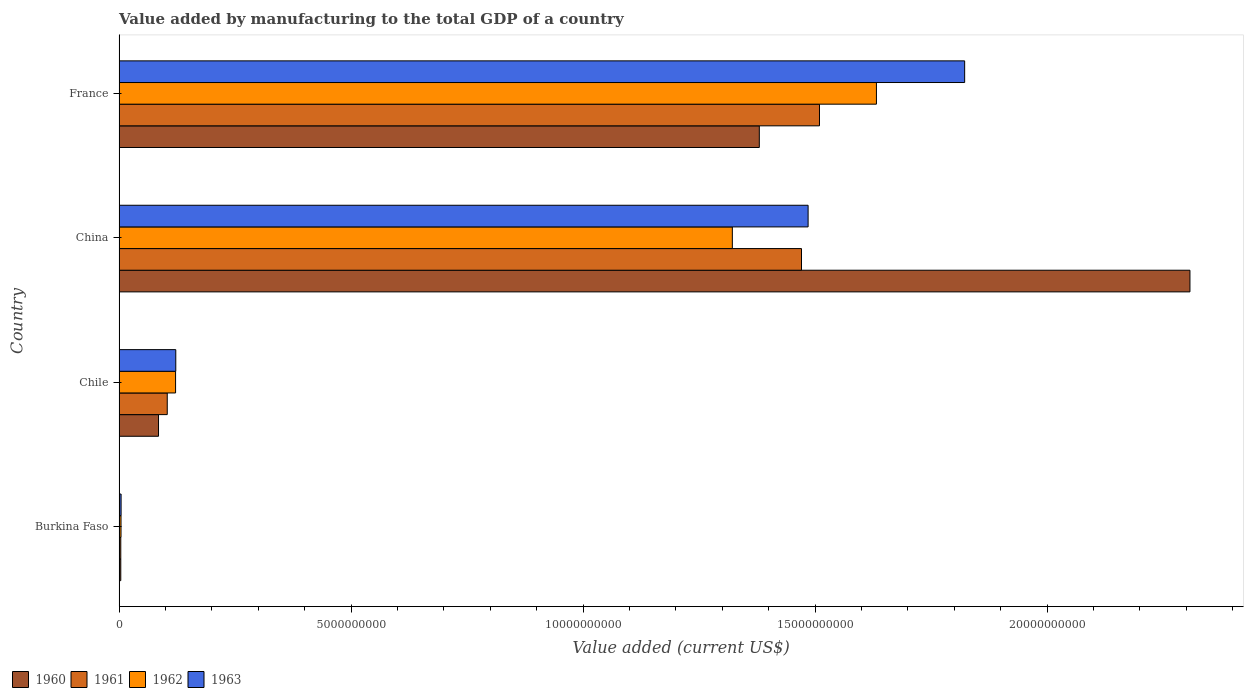
| Country | 1960 | 1961 | 1962 | 1963 |
 | --- | --- | --- | --- | --- |
 | Burkina Faso | 3.72e+07 | 3.72e+07 | 4.22e+07 | 4.39e+07 |
 | Chile | 8.51e+08 | 1.04e+09 | 1.22e+09 | 1.22e+09 |
 | China | 2.31e+10 | 1.47e+10 | 1.32e+10 | 1.49e+10 |
 | France | 1.38e+10 | 1.51e+10 | 1.63e+10 | 1.82e+10 |